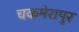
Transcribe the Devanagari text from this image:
चकमेरापुर